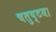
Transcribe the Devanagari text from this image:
चतुष्टय।